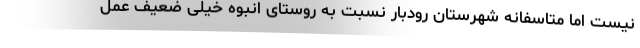
نیست اما متاسفانه شهرستان رودبار نسبت به روستای انبوه خیلی ضعیف عمل